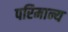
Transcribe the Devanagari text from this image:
परिमान्य